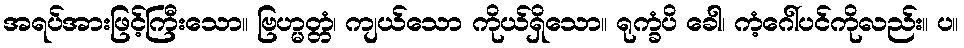
အရပ်အားဖြင့်ကြီးသော။ ဗြဟ္မတ္တံ၊ ကျယ်သော ကိုယ်ရှိသော။ ရုက္ခံပိ ခေါ၊ ကံ့ဂေါ်ပင်ကိုလည်း။ ပ။